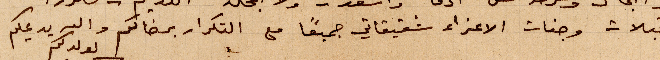
قبلات وجنات الأعزاء شقيقاتي جميعًا مع التكرار برضاكم والله يديمكم